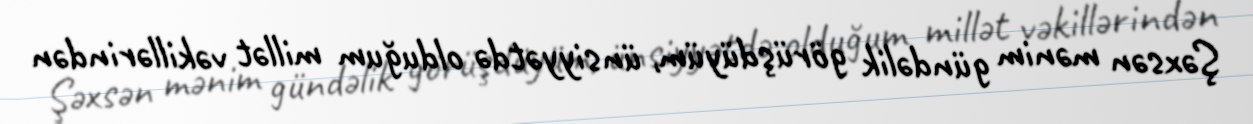
Şəxsən mənim gündəlik görüşdüyüm, ünsiyyətdə olduğum millət vəkillərindən